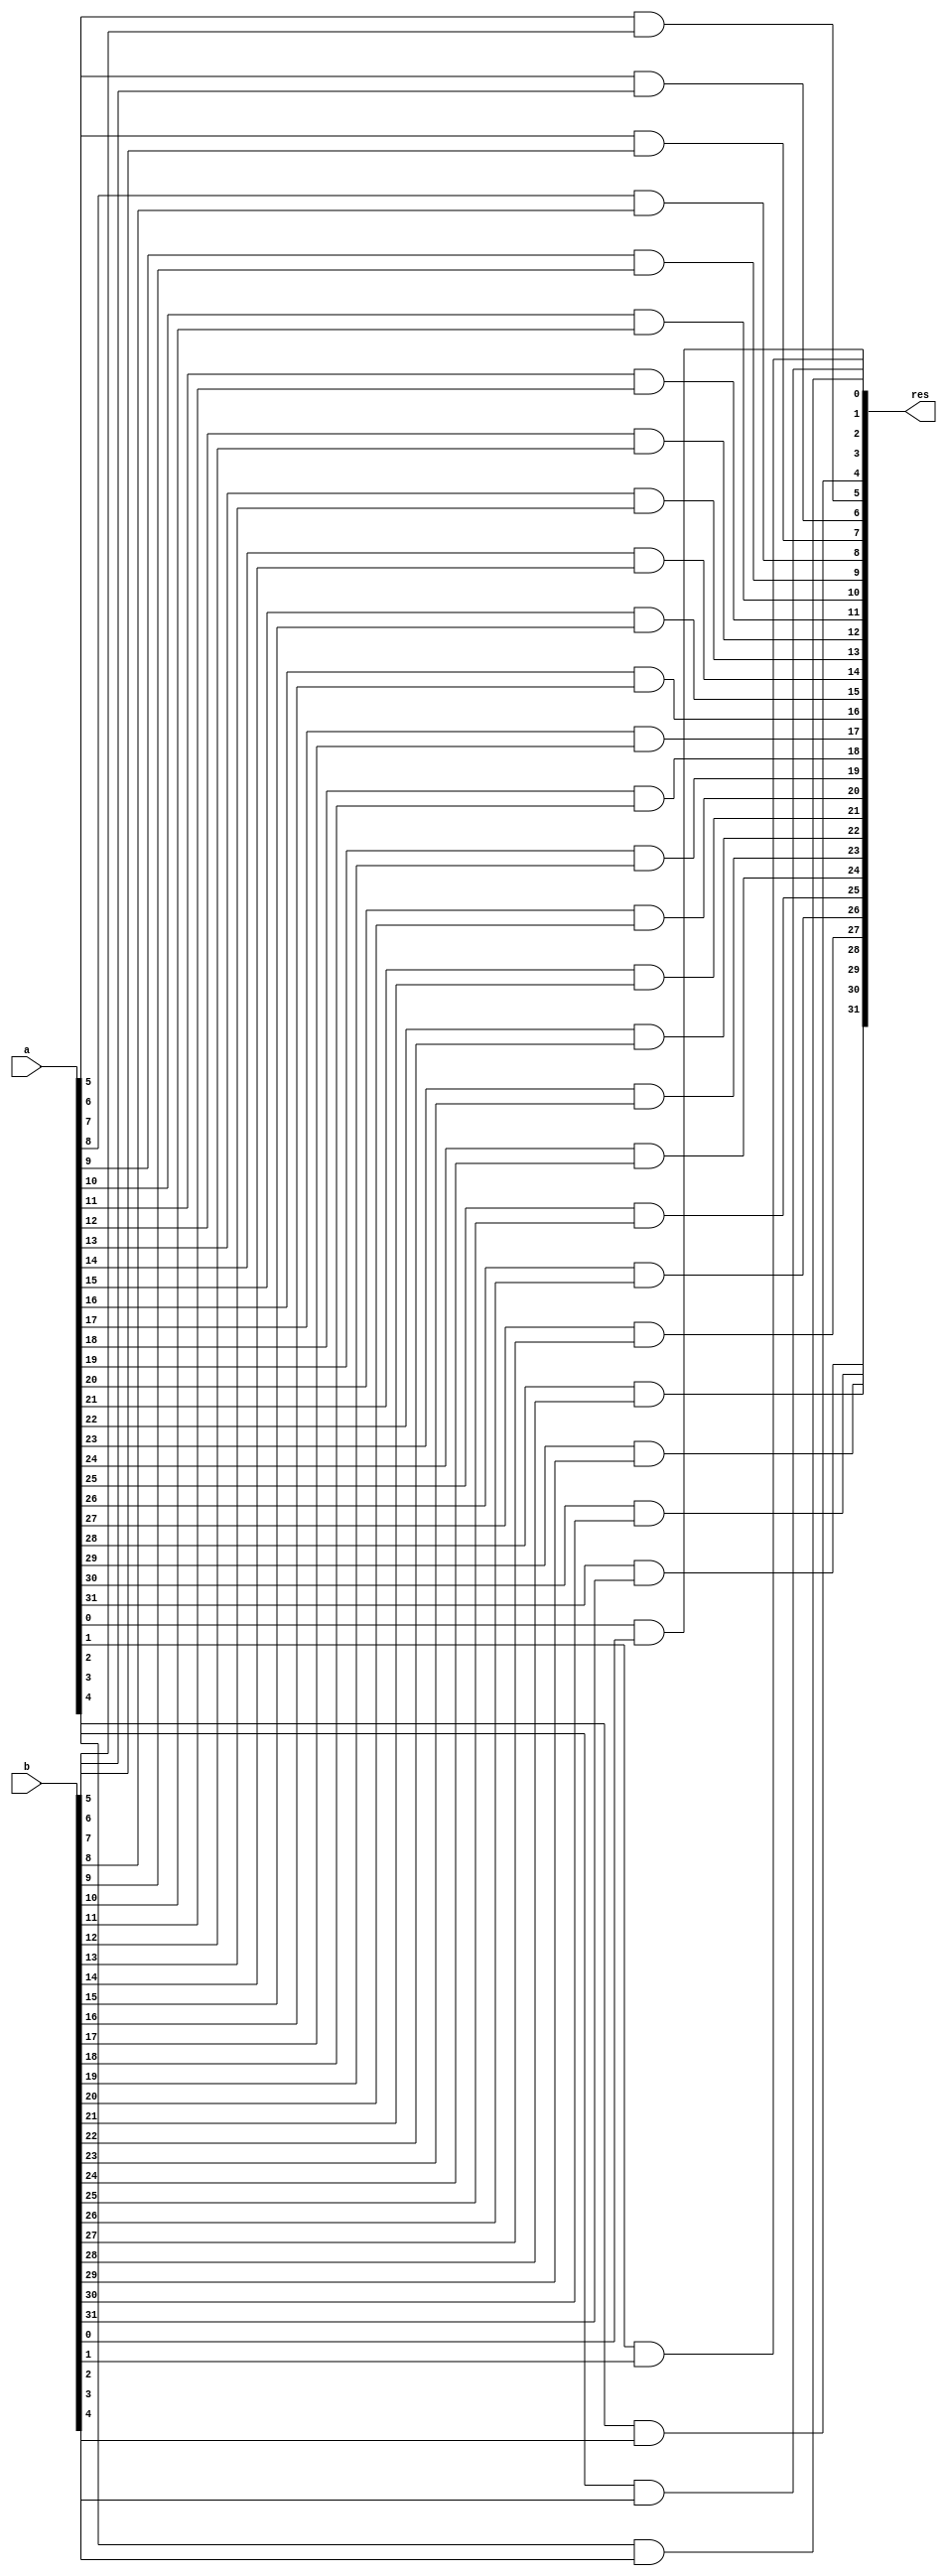
module and_opr(res, a, b);
input [31:0] a, b;
output [31:0] res;

and AO0(res[0], a[0], b[0]),
	 AO1(res[1], a[1], b[1]),
	 AO2(res[2], a[2], b[2]),
	 AO3(res[3], a[3], b[3]),
	 AO4(res[4], a[4], b[4]),
	 AO5(res[5], a[5], b[5]),
	 AO6(res[6], a[6], b[6]),
	 AO7(res[7], a[7], b[7]),
	 AO8(res[8], a[8], b[8]),
	 AO9(res[9], a[9], b[9]),
	 AO10(res[10], a[10], b[10]),
	 AO11(res[11], a[11], b[11]),
	 AO12(res[12], a[12], b[12]),
	 AO13(res[13], a[13], b[13]),
	 AO14(res[14], a[14], b[14]),
	 AO15(res[15], a[15], b[15]),
	 AO16(res[16], a[16], b[16]),
	 AO17(res[17], a[17], b[17]),
	 AO18(res[18], a[18], b[18]),
	 AO19(res[19], a[19], b[19]),
	 AO20(res[20], a[20], b[20]),
	 AO21(res[21], a[21], b[21]),
	 AO22(res[22], a[22], b[22]),
	 AO23(res[23], a[23], b[23]),
	 AO24(res[24], a[24], b[24]),
	 AO25(res[25], a[25], b[25]),
	 AO26(res[26], a[26], b[26]),
	 AO27(res[27], a[27], b[27]),
	 AO28(res[28], a[28], b[28]),
	 AO29(res[29], a[29], b[29]),
	 AO30(res[30], a[30], b[30]),
	 AO31(res[31], a[31], b[31]);

endmodule